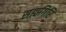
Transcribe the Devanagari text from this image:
सह्यगिरि